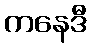
ကနေဒီ